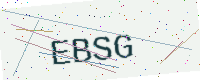
Text: EBSG